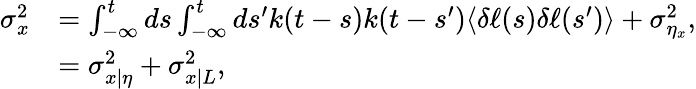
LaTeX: \begin{array}{rl}{\sigma_{x}^{2}}&{=\int_{-\infty}^{t}ds\int_{-\infty}^{t}ds^{\prime}k(t-s)k(t-s^{\prime})\langle\delta\ell(s)\delta\ell(s^{\prime})\rangle+\sigma_{\eta_{x}}^{2},}\\ &{=\sigma_{x|\eta}^{2}+\sigma_{x|L}^{2},}\end{array}